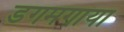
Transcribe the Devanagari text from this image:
डगमगाया